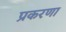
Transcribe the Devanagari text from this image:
प्रकरणा